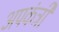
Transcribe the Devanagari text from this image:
अपकंट्री